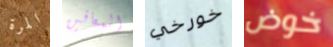
المرة المعاقين خورخي خوض